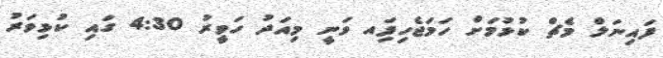
ފައިނަލް މެޗް ކުޅުމަށް ހަމަޖެހިފަިއ ވަނީ މިއަދު ހަވީރު 4:30 ގައި ކުޅިވަރު